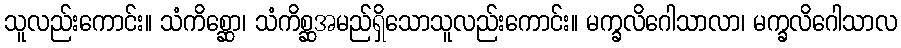
သူလည်းကောင်း။ သံကိစ္ဆော၊ သံကိစ္ဆအမည်ရှိသောသူလည်းကောင်း။ မက္ခလိဂေါသာလာ၊ မက္ခလိဂေါသာလ